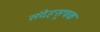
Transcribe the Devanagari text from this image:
संदेहसूचक